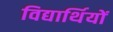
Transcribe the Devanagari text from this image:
विद्यार्थियों